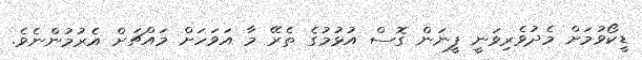
ޑީކޯވުމަށް މެދުވެރިވަނީ ފީނަން ގޮސް އުޅުމުގެ ތެރޭ މާ އަވަހަށް މައްޗަށް އެރުމުންނެވެ.